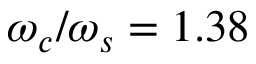
\omega _ { c } / \omega _ { s } = 1 . 3 8